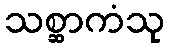
သစ္ဆာကံသု